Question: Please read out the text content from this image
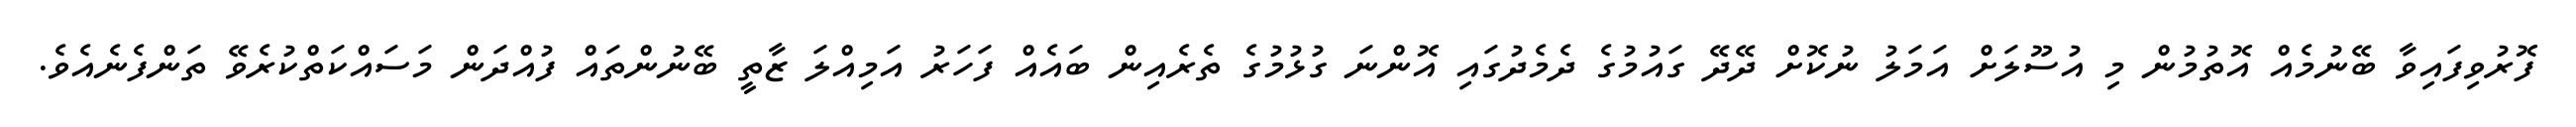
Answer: ފޮރުވިފައިވާ ބޭނުމެއް އޮތުމުން މި އުސޫލަށް އަމަލު ނުކޮށް ދޭދޭ ގައުމުގެ ދެމެދުގައި އޮންނަ ގުޅުމުގެ ތެރެއިން ބައެއް ފަހަރު އަމިއްލަ ޒާތީ ބޭނުންތައް ފުއްދަން މަސައްކަތްކުރެވޭ ތަންފެނެއެވެ.